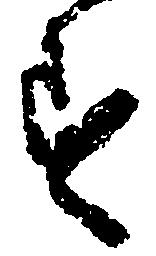
す